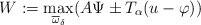
LaTeX: \begin{align*}W := \max_{\overline{\omega}_\delta} (A \Psi\pm T_\alpha (u - \varphi))\end{align*}